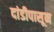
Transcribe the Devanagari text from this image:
दांडीपासून